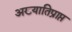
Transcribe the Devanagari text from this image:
अख्यातिप्राप्त